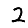
Digit: 2